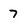
Character: 7